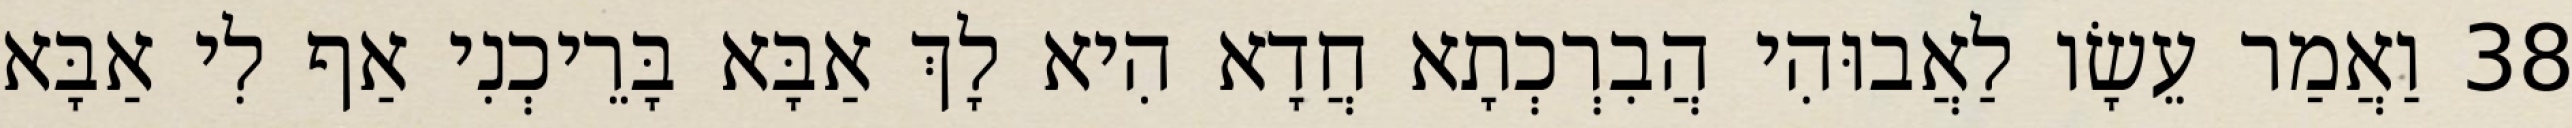
38 וַאֲמַר עֵשָׂו לַאֲבוּהִי הֲבִרְכְתָא חֲדָא הִיא לָךְ אַבָּא בָּרֵיכְנִי אַף לִי אַבָּא